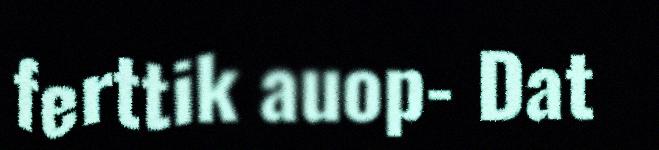
ferttik auop- Dat